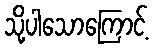
သို့ပါသောကြောင့်